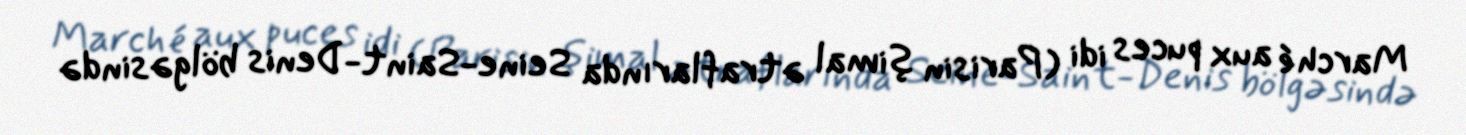
Marché aux puces idi (Parisin şimal ətraflarında Seine-Saint-Denis bölgəsində